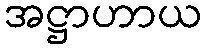
အဋ္ဌာဟာယ